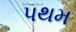
પથમ